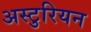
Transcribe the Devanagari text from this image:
अस्टुरियन